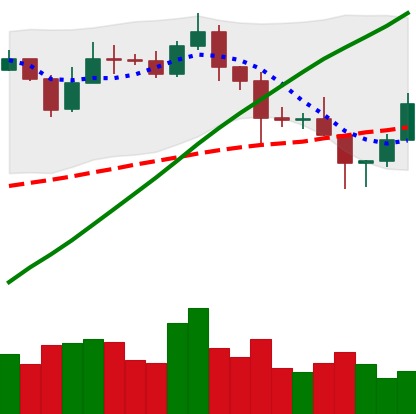
Ticker: BNB-USD
Chart end date: 2020-11-06
Forward return: -3.659%
Label: down_3_5